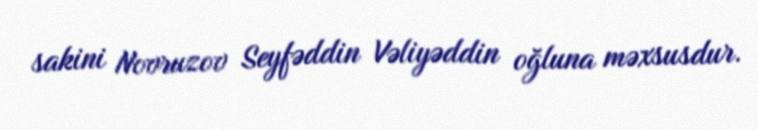
sakini Novruzov Seyfəddin Vəliyəddin oğluna məxsusdur.